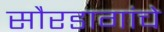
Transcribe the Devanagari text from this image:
सौरडागांचे